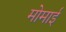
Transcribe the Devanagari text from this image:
मोमाई